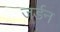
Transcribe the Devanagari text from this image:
जर्डन